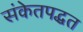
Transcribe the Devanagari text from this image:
संकेतपद्धत